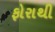
ફોરાથી